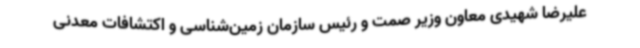
علیرضا شهیدی معاون وزیر صمت و رئیس سازمان زمین‌شناسی و اکتشافات معدنی